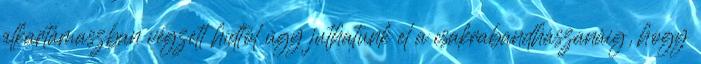
alkartámaszban végzett hídtól úgy juthatunk el a csakrabandhászanáig, hogy